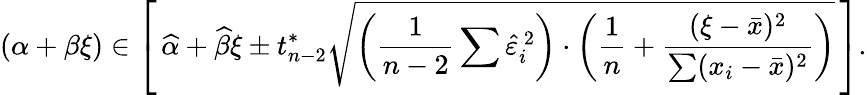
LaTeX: (\alpha+\beta\xi)\in\left[\, {\widehat{\alpha}}+{\widehat{\beta}}\xi\pm t_{n-2}^{*}{\sqrt{\left({\frac{1}{n-2}}\sum{\widehat{\varepsilon}}_{i}^{\, 2}\right)\cdot\left({\frac{1}{n}}+{\frac{(\xi-{\bar{x}})^{2}}{\sum(x_{i}-{\bar{x}})^{2}}}\right)}}\, \right].